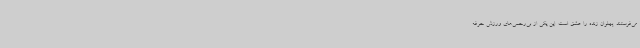
می‌فرستند. پهلوان زنده را عشق است. این‌ یکی از بی‌رحمی‌های ورزش حرفه